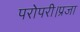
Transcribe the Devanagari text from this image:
परोपरी।प्रजा